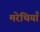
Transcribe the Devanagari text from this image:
मरेथियाँ